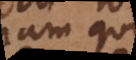
nam qui